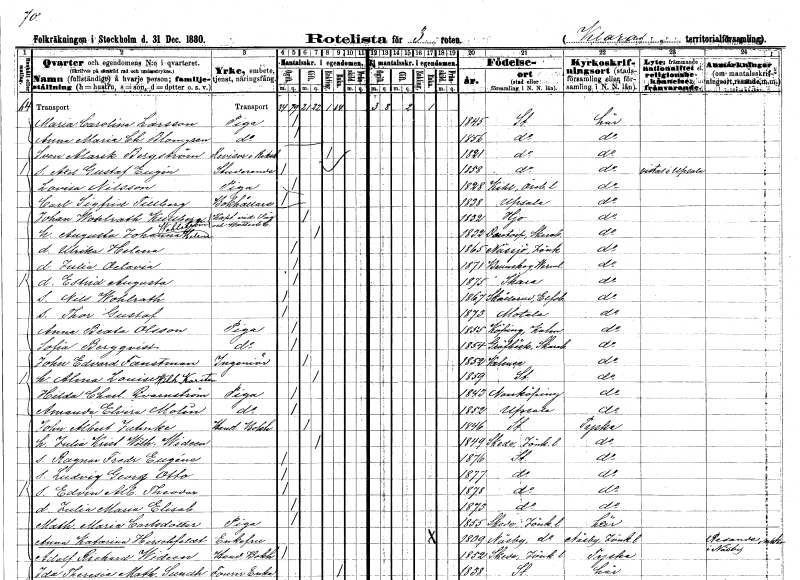
gt_parse: households: individuals: FN: Maria Carolina
EN: Larsson
YRKE: Piga
KON: K
CIV: O
FODAR: 1845
FODFORS: Stockholm
FN: Anna Maria Charlotta
EN: Blomgren
YRKE: Piga
KON: K
CIV: O
FODAR: 1856
FODFORS: Stockholm
FN: Sven Alarik
EN: Bergström
YRKE: Revisor i Riksd.
KON: M
CIV: E
FODAR: 1821
FODFORS: Stockholm
FN: Axel Gustaf Eugén
YRKE: Studerande
KON: M
CIV: O
FODAR: 1858
FODFORS: Stockholm
FN: Lovisa
EN: Nilsson
YRKE: Piga
KON: K
CIV: O
FODAR: 1828
FODFORS: Kil Örebro län
FN: Carl Sigfrid
EN: Tillberg
YRKE: Bokhållare
KON: M
CIV: O
FODAR: 1838
FODFORS: Uppsala Uppsala län
FN: Johan Wohlrath
EN: Kullberg
YRKE: Kapten vid väg o vatten
KON: M
CIV: G
FODAR: 1832
FODFORS: Hjo Skaraborgs län
FN: Augusta Johanna Helena
EN: Wahlström
KON: K
CIV: G
FODAR: 1832
FODFORS: Daretorp Skaraborgs län
FN: Ulrika Helena
KON: K
CIV: O
FODAR: 1865
FODFORS: Nässjö Jönköpings län
FN: Julia Octavia
KON: K
CIV: O
FODAR: 1871
FODFORS: Brunskog Värmlands län
FN: Estrid Augusta
KON: K
CIV: O
FODAR: 1875
FODFORS: Skara Skaraborgs län
FN: Nils Wohlrath
KON: M
CIV: O
FODAR: 1867
FODFORS: Skållerud Älvsborgs län
FN: Thor Gustaf
KON: M
CIV: O
FODAR: 1873
FODFORS: Motala Östergötlands län
FN: Anna Beata
EN: Olsson
YRKE: Piga
KON: K
CIV: O
FODAR: 1855
FODFORS: Köping Kalmar län
FN: Sofia
EN: Bergqvist
YRKE: Piga
KON: K
CIV: O
FODAR: 1854
FODFORS: Grevbäck Skaraborgs län
FN: John Edvard
EN: Fanstman
YRKE: Ingenjör
KON: M
CIV: G
FODAR: 1852
FN: Alma Louise Wilhelmina
EN: Karsten
KON: K
CIV: G
FODAR: 1859
FODFORS: Stockholm
FN: Hilda Charlotta
EN: Qvarnström
YRKE: Piga
KON: K
CIV: O
FODAR: 1843
FODFORS: Norrköping Östergötlands län
FN: Amanda Elvira
EN: Molin
YRKE: Piga
KON: K
CIV: O
FODAR: 1852
FODFORS: Uppsala Uppsala län
FN: John Albert
EN: Juhnke
YRKE: Handelsbokhållare
KON: M
CIV: G
FODAR: 1846
FODFORS: Stockholm
FN: Julia Kristina Wilhelmina
EN: Wideen
KON: K
CIV: G
FODAR: 1849
FODFORS: Skede Jönköpings län
FN: Ragnar Fredrik
EN: Eugéne
KON: M
CIV: O
FODAR: 1876
FODFORS: Stockholm
FN: Ludvig Georg Otto
KON: M
CIV: O
FODAR: 1877
FODFORS: Stockholm
FN: Edvin Albert Theodor
KON: M
CIV: O
FODAR: 1878
FODFORS: Stockholm
FN: Julia Maria Elisabet
KON: K
CIV: O
FODAR: 1873
FODFORS: Stockholm
FN: Mathilda Maria
EN: Carlsdotter
YRKE: Piga
KON: K
CIV: O
FODAR: 1855
FODFORS: Skede Jönköpings län
FN: Anna Katarina
EN: Hirsehfeldt
KON: K
CIV: E
FODAR: 1809
FODFORS: Näsby Jönköpings län
FN: Adolf Richard
EN: Wideen
YRKE: Handelsbokhållare
KON: M
CIV: O
FODAR: 1852
FODFORS: Skede Jönköpings län
FN: Ida Theresia Mathilda
EN: Sundh
YRKE: Furiränka
KON: K
CIV: E
FODAR: 1838
FODFORS: Stockholm